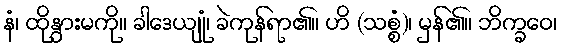
နံ၊ ထိုနွားမကို။ ခါဒေယျုံ၊ ခဲကုန်ရာ၏။ ဟိ (သစ္စံ)၊ မှန်၏။ ဘိက္ခဝေ၊